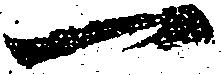
一